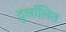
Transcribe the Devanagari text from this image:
दुर्लालित